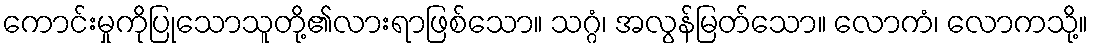
ကောင်းမှုကိုပြုသောသူတို့၏လားရာဖြစ်သော။ သဂ္ဂံ၊ အလွန်မြတ်သော။ လောကံ၊ လောကသို့။